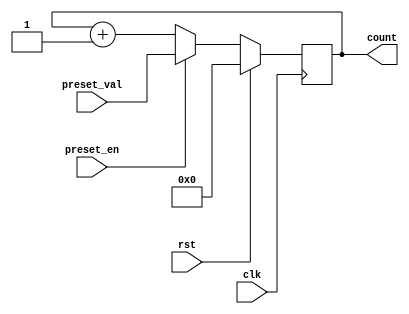
module presettable_counter (
    input wire clk,               // Clock input
    input wire rst,               // Active-high reset
    input wire preset_en,         // Preset enable signal
    input wire [7:0] preset_val,  // 8-bit preset value
    output reg [7:0] count        // 8-bit counter output
);
    
    // Always block triggered on the rising edge of the clock
    always @(posedge clk) begin
        if (rst) begin
            // Asynchronous reset: reset the counter to 0
            count <= 8'b00000000;
        end else if (preset_en) begin
            // Load the preset value into the counter
            count <= preset_val;
        end else begin
            // Normal counting mode: increment the counter
            count <= count + 1;
        end
    end

endmodule